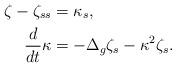
LaTeX: \begin{align*}\zeta-\zeta_{ss} & =\kappa_{s}, \\\frac{d}{dt}\kappa & = -\Delta_{g}\zeta_{s} -\kappa^{2}\zeta_{s}.\end{align*}